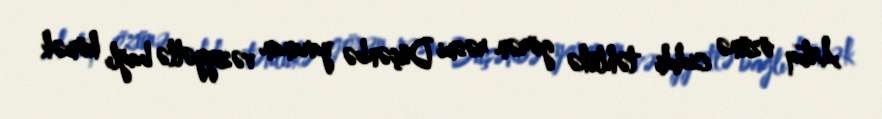
Artıq özünə ciddi təhlükə görən rəsmi Düşənbə yaranan vəziyyətlə bağlı kömək